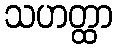
သဟတ္ထာ